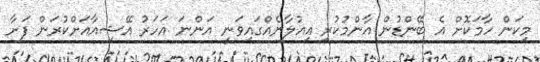
މިކަން ހާމަކޮށް އެ ބޭންޑުން އާންމުކުރި އިއުލާނެއްގައިވަނީ އަންނަ އަހަރު އޭޝިއާއަށްކުރަން ފަށާ